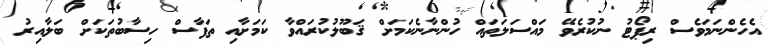
އެހެންނަމަވެސް ރިޕޯޓު ނުކުރެވޭ މައްސަލަތައް ހުންނާނެކަމަށް ޤަބޫލުކުރައްވާ ކަމަށާއި ތަފާސް ހިސާބުތަކަށް ބަލާއިރު